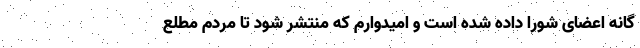
گانه اعضای شورا داده شده است و امیدوارم که منتشر شود تا مردم مطلع